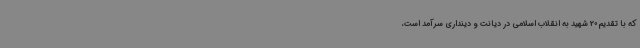
که با تقدیم 20 شهید به انقلاب اسلامی در دیانت و دینداری سرآمد است،